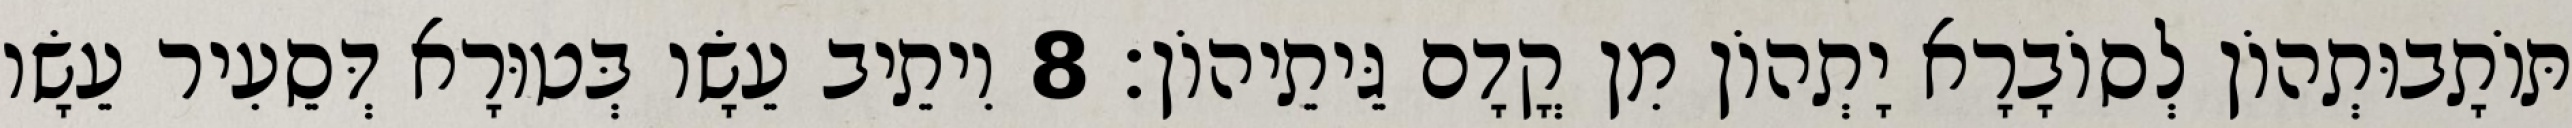
תּוֹתָבוּתְהוֹן לְסוֹבָרָא יָתְהוֹן מִן קֳדָם גֵּיתֵיהוֹן׃ 8 וִיתֵיב עֵשָׂו בְּטוּרָא דְּסֵעִיר עֵשָׂו